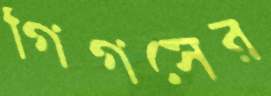
গিগসের